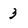
Character: 3